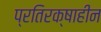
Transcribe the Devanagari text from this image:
प्रतिरक्षाहीन